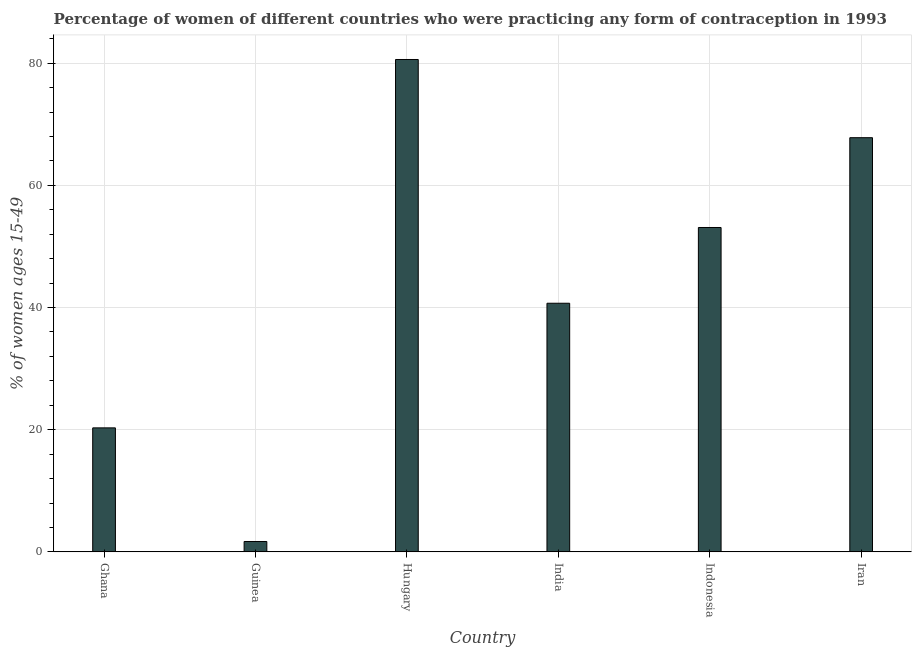
| Country | Contraceptive prevalence |
 | --- | --- |
 | Ghana | 20.3 |
 | Guinea | 1.7 |
 | Hungary | 80.6 |
 | India | 40.7 |
 | Indonesia | 53.1 |
 | Iran | 67.8 |